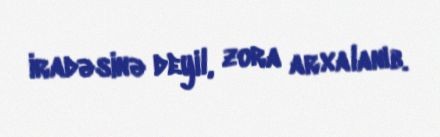
iradəsinə deyil, zora arxalanıb.